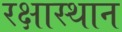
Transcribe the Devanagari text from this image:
रक्षास्थान